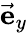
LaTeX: \vec{\mathbf{e}}_{y}